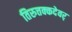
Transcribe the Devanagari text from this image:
तिरुत्तक्कदेवर्